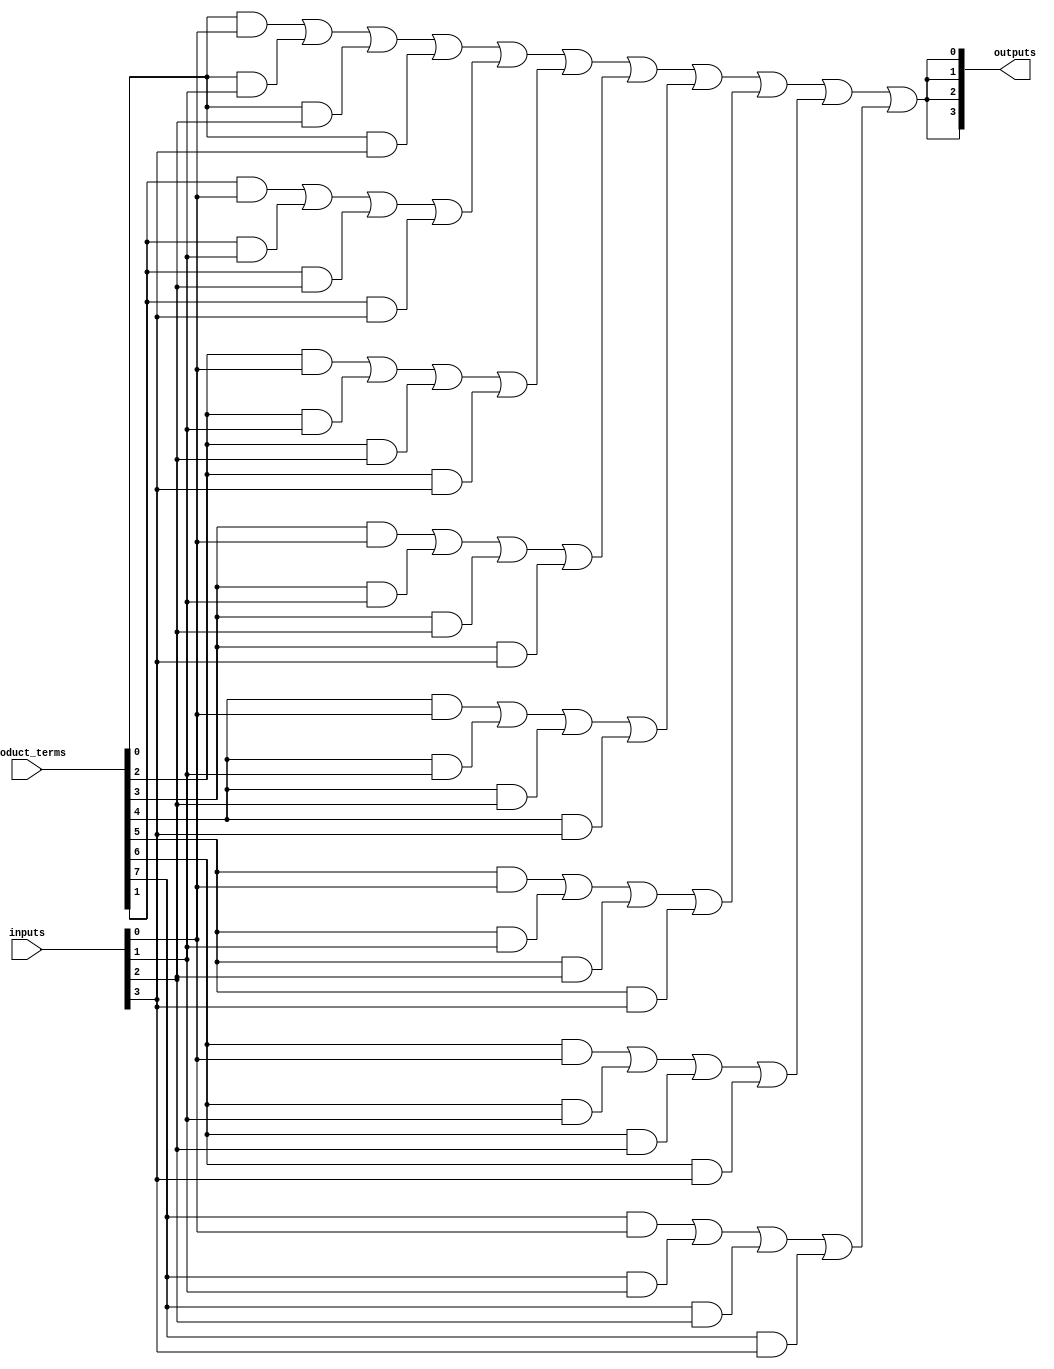
module programmable_logic_array (
    input wire [N-1:0] inputs,        // N input signals
    input wire [M-1:0] product_terms,  // M product terms to be generated
    output wire [P-1:0] outputs       // P output signals
);

// Parameters
parameter N = 4; // Number of input lines
parameter M = 8; // Maximum number of product terms
parameter P = 4; // Number of output lines

// Internal signals
wire [M-1:0] and_terms; // Product terms from AND array
wire [P-1:0] or_terms;   // Final output terms from OR array

// Programmable AND array
genvar i, j;
generate
    for (i = 0; i < M; i = i + 1) begin : and_array
        assign and_terms[i] = (product_terms[i] & inputs[0]) |
                               (product_terms[i] & inputs[1]) |
                               (product_terms[i] & inputs[2]) |
                               (product_terms[i] & inputs[3]);
    end
endgenerate

// Programmable OR array
generate
    for (j = 0; j < P; j = j + 1) begin : or_array
        assign outputs[j] = and_terms[0] | and_terms[1] | and_terms[2] | and_terms[3] |
                            and_terms[4] | and_terms[5] | and_terms[6] | and_terms[7];
    end
endgenerate

endmodule